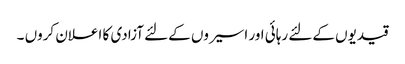
قیدیوں کےلئے رہائی اور اسیروں کےلئے آزادی کا اعلان کروں ۔